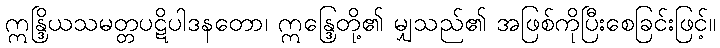
ဣန္ဒြိယသမတ္တပဋိပါဒနတော၊ ဣန္ဒြေတို့၏ မျှသည်၏ အဖြစ်ကိုပြီးစေခြင်းဖြင့်။